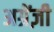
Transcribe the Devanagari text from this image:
अग्रेंज़ी